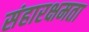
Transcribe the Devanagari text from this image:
संहारक्षमता